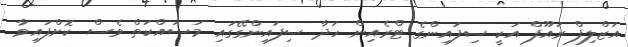
އަޒްލިފް ރައޫފް އަކީ ސިފައިންގެ ޓްރެއިން ހަދާ ސިފައިންގޭގައި މަސައްކަތް ވެސް ކޮށްފައިވާ